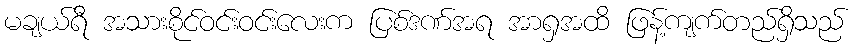
မချယ်ရီ အသားစိုင်ဝင်းဝင်းလေးက ပြစ်ဒဏ်အရ အာရှအထိ ဖြန့်ကျက်တည်ရှိသည်